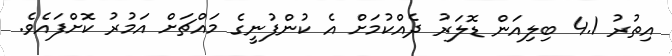
އިތުރު 4.1 ބިލިއަން ޑޮލަރު ދެއްކުމަށް އެ ކުންފުނީގެ މައްޗަށް އަމުރު ކޮށްފައެވެ.